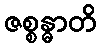
ဇစ္စန္ဓာတိ